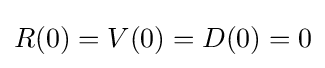
R(0)=V(0)=D(0)=0